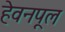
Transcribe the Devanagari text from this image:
हेवनपूल